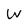
Character: W